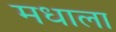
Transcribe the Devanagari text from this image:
मधाला